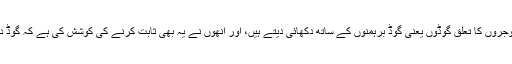
جناب ایم ٹی جیکسن کا کہنا ہے کہ گوجروں کا تعلق گوڈوں یعنی گوڈ برہمنوں کے ساتھ دکھائی دیتے ہیں، اور انھوں نے یہ بھی ثابت کرنے کی کوشش کی ہے کہ گوڈ دراصل ہندو گجروں کے پروہت تھے۔